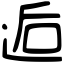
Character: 逅